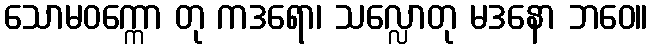
သောမဝက္ကော တု ကဒရော၊ သလ္လောတု မဒနော ဘဝေ။